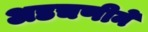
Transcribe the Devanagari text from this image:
अडचणीने